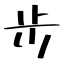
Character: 步